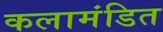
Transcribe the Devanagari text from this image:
कलामंडित